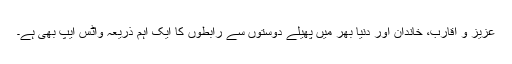
عزیز و اقارب، خاندان اور دنیا بھر میں پھیلے دوستوں سے رابطوں کا ایک اہم ذریعہ واٹس ایپ بھی ہے۔